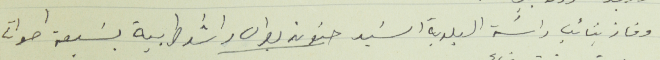
وفاز بنائب راسَة البلدية السَيد حنون بطرس راشد طربية بسَبعة اصوات